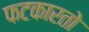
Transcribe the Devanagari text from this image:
फटकारतो